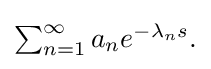
{\textstyle \sum _{n=1}^{\infty }a_{n}e^{-\lambda _{n}s}.}